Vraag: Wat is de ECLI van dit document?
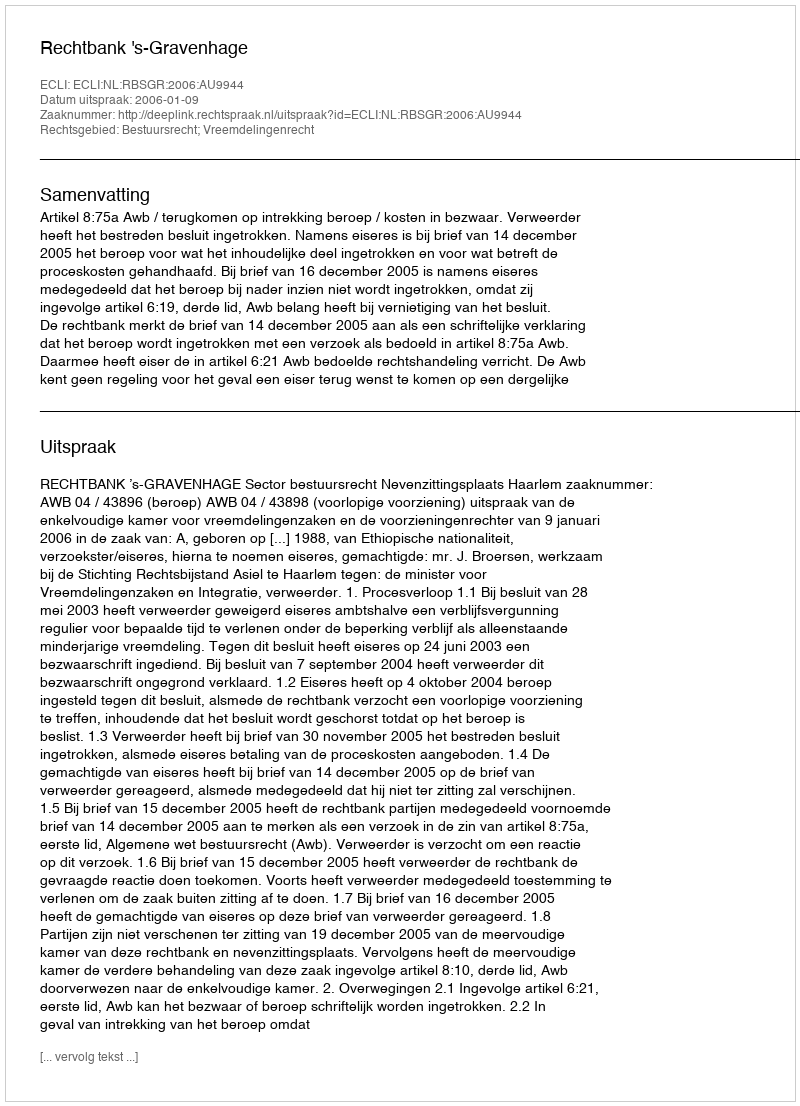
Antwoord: ECLI:NL:RBSGR:2006:AU9944